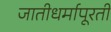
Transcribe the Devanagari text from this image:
जातीधर्मापूरती